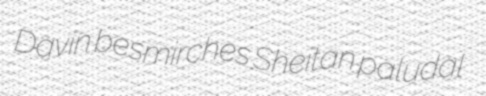
Davin besmirches Sheitan paludal